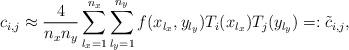
LaTeX: \begin{align*}c_{i,j} \approx \dfrac{4}{n_xn_y}\sum_{l_x=1}^{n_x}\sum_{l_y=1}^{n_y}f(x_{l_x},y_{l_y})T_i(x_{l_x})T_j(y_{l_y}) =: \tilde{c}_{i,j},\end{align*}